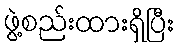
ဖွဲ့စည်းထားရှိပြီး